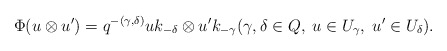
\begin{align*}\Phi(u\otimes u')=q^{-(\gamma,\delta)}uk_{-\delta}\otimes u'k_{-\gamma}(\gamma, \delta\in Q,\; u\in U_{\gamma}, \; u'\in U_{\delta}).\end{align*}